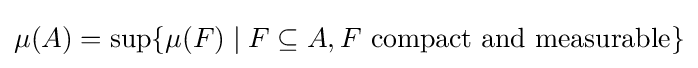
\mu (A)=\sup\{\mu (F)\mid F\subseteq A,F{\text{ compact and measurable}}\}